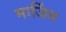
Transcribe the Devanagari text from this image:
मार्जिंग